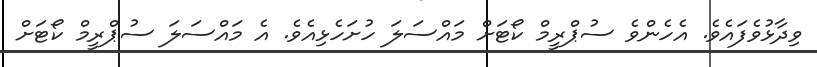
ވިދާޅުވެފައެވެ. އެހެންވެ ސުޕްރީމް ކޯޓަށް މައްސަލަ ހުށަހެޅިއެވެ. އެ މައްސަލަ ސުޕްރީމް ކޯޓަށް